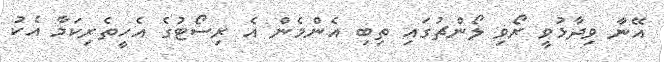
އޭނާ ވިދާޅުވީ ރޯވި ލޯންޗުގައި ތިބި އެންމެން އެ ރިސޯޓުގެ އެހީތެރިކަމާ އެކު